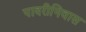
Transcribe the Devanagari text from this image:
पादरीनिवास